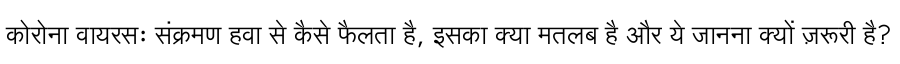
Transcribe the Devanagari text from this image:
कोरोना वायरसः संक्रमण हवा से कैसे फैलता है, इसका क्या मतलब है और ये जानना क्यों ज़रूरी है?